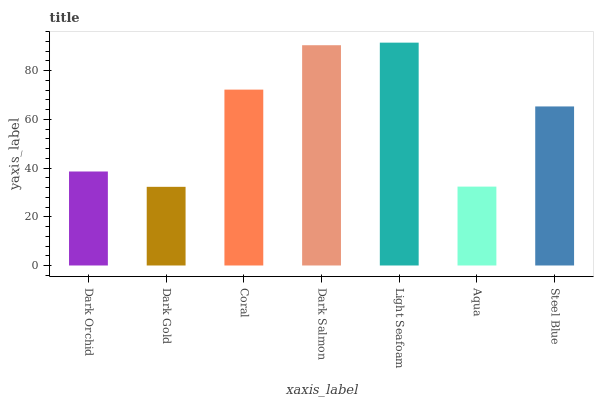
| xaxis_label | bars |
 | --- | --- |
 | Dark Orchid | 38.6 |
 | Dark Gold | 32.3 |
 | Coral | 72.2 |
 | Dark Salmon | 90.4 |
 | Light Seafoam | 91.5 |
 | Aqua | 32.4 |
 | Steel Blue | 65.3 |